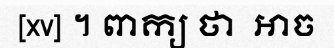
[xv] ។ ពាក្យ ថា  ឤច